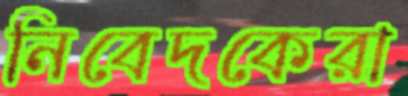
নিবেদকেরা